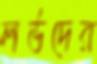
লর্ডদের